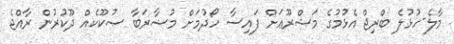
މާލެ-ހުޅުލެ ބްރިޖް އެޅުމުގެ މަޝްރޫޢަށް ފައިސާ ހޯދުމަށް މުޟާރަބާ ޞުކޫކެއް ދޫކުރުން ރާއްޖެ